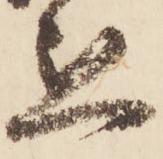
懇